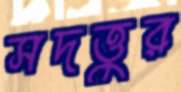
সদত্তুর